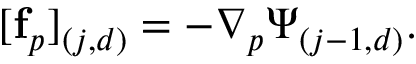
\begin{array} { r } { [ \mathbf { f } _ { p } ] _ { ( j , d ) } = - \nabla _ { p } \boldsymbol { \Psi } _ { ( j - 1 , d ) } . } \end{array}